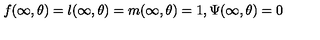
f ( \infty , \theta ) = l ( \infty , \theta ) = m ( \infty , \theta ) = 1 , \Psi ( \infty , \theta ) = 0